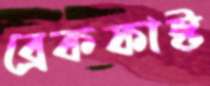
ব্রেকফাস্ট